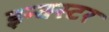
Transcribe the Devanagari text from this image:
इन्क्स्टर